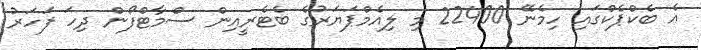
އެ ބެކްޕެކްގައި ހިމެނޭ 22400 މި ލިއެމްޕަޔަރުގެ ބެޓެރީއިން ސްމާޓްފޯން ދިހަ ފަހަރު